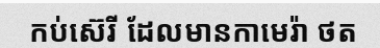
កប់ស៊េរី ដែលមានកាមេរ៉ា ថត